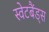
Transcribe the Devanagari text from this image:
स्वेटबैंड्स